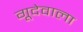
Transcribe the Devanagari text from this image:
गूदेवाला